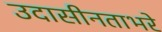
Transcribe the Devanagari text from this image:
उदासीनताभरे